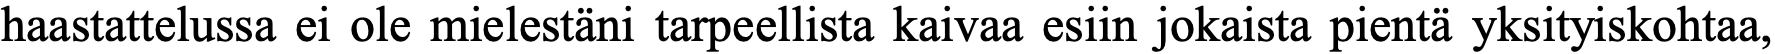
haastattelussa ei ole mielestäni tarpeellista kaivaa esiin jokaista pientä yksityiskohtaa,